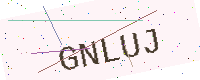
Text: GNLUJ